Civil Veterinary Department. Madras. Admin. report 1910-25 - 1910-1925
Year: 1910
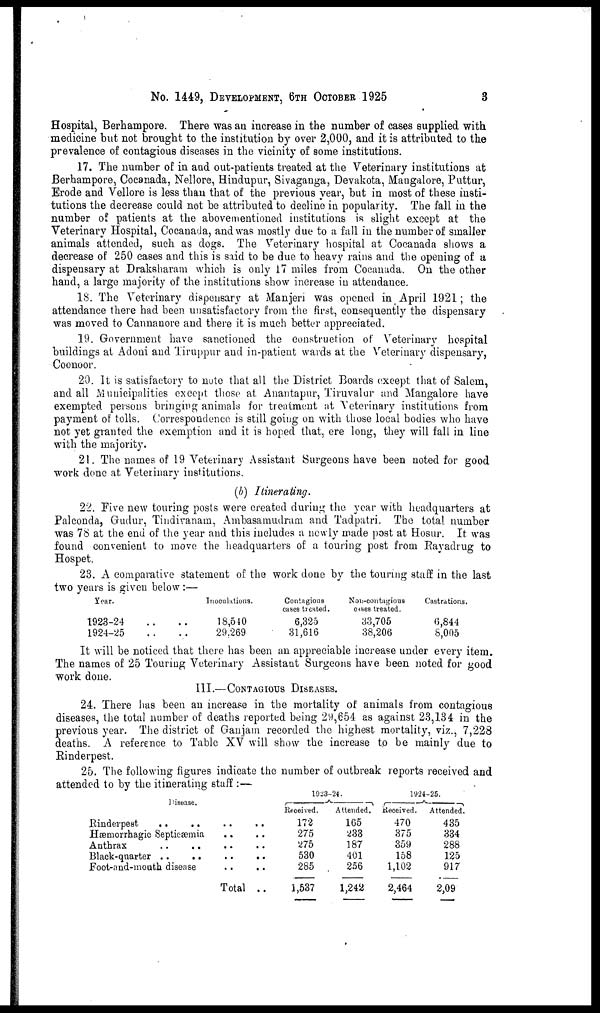
No. 1449, DEVELOPMENT, 6TH OCTOBER 1925
3
Hospital, Berhampore. There was an increase in the number of cases supplied with
medicine but not brought to the institution by over 2,000, and it is attributed to the
prevalence of contagious diseases in the vicinity of some institutions.
17. The number of in and out-patients treated at the Veterinary institutions at
Berhampore, Cocanada, Nellore, Hindupur, Sivaganga, Devakota, Mangalore, Puttur,
Erode and Vellore is less than that of the previous year, but in most of these insti-
tutions the decrease could not be attributed to decline in popularity. The fall in the
number of patients at the abovementioned institutions is slight except at the
Veterinary Hospital, Cocanada, and was mostly due to a fall in the number of smaller
animals attended, such as dogs. The Veterinary hospital at Cocanada shows a
decrease of 250 cases and this is said to be due to heavy rains and the opening of a
dispensary at Draksharam which is only 17 miles from Cocanada. On the other
hand, a large majority of the institutions show increase in attendance.
18. The Veterinary dispensary at Manjeri was opened in April 1921; the
attendance there had been unsatisfactory from the first, consequently the dispensary
was moved to Cannanore and there it is much better appreciated.
19. Government have sanctioned the construction of Veterinary hospital
buildings at Adoni and Tiruppur and in-patient wards at the Veterinary dispensary,
Coonoor.
20. It is satisfactory to note that all the District Boards except that of Salem,
and all Municipalities except those at Anantapur, Tiruvalur and Mangalore have
exempted persons bringing animals for treatment at Veterinary institutions from
payment of tolls. Correspondence is still going on with those local bodies who have
not yet granted the exemption and it is hoped that, ere long, they will fall in line
with the majority.
21. The names of 19 Veterinary Assistant Surgeons have been noted for good
work done at Veterinary institutions.
(b) Itinerating.
22. Five new touring posts were created during the year with headquarters at
Palconda, Gudur, Tindiranam, Ambasamudram and Tadpatri. The total number
was 78 at the end of the year and this includes a newly made post at Hosur. It was
found convenient to move the headquarters of a touring post from Rayadrug to
Hospet.
23. A comparative statement of the work done by the touring staff in the last
two years is given below:—
Year.
1923-24 ..
1924-25 ..
Inoculations.
.. 18,540
.. 29,269
Contagious
cases treated.
6,325
31,616
Non-contagious
cases treated.
33,705
38,206
Castrations.
6,844
8,005
It will be noticed that there has been an appreciable increase under every item.
The names of 25 Touring Veterinary Assistant Surgeons have been noted for good
work done.
III.—CONTAGIOUS DISEASES.
24. There has been an increase in the mortality of animals from contagious
diseases, the total number of deaths reported being 29,654 as against 23,134 in the
previous year. The district of Ganjam recorded the highest mortality, viz., 7,228
deaths. A reference to Table XV will show the increase to be mainly due to
Rinderpest.
25. The following figures indicate the number of outbreak reports received and
attended to by the itinerating staff:—
Disease.
Rinderpest
..
..
..
..
Hæmorrhagic Septicæmia
..
..
Anthrax .. .. .. ..
Black-quarter .. .... ..
Foot-and-mouth
disease..
..
Total ..
1923-24.
Received.
172
275
275
530
285
1,537
Attended.
165
233
187
401
256
1,242
1924-25.
Received.
470
375
359
158
1,102
2,464
Attended
435
334
288
125
917
2,09